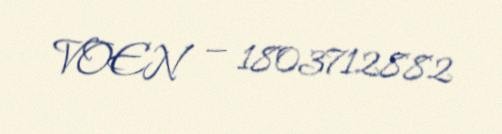
VOEN — 1803712882